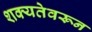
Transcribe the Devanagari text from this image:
शक्यतेवरून